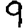
Digit: 9